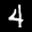
Label: 4